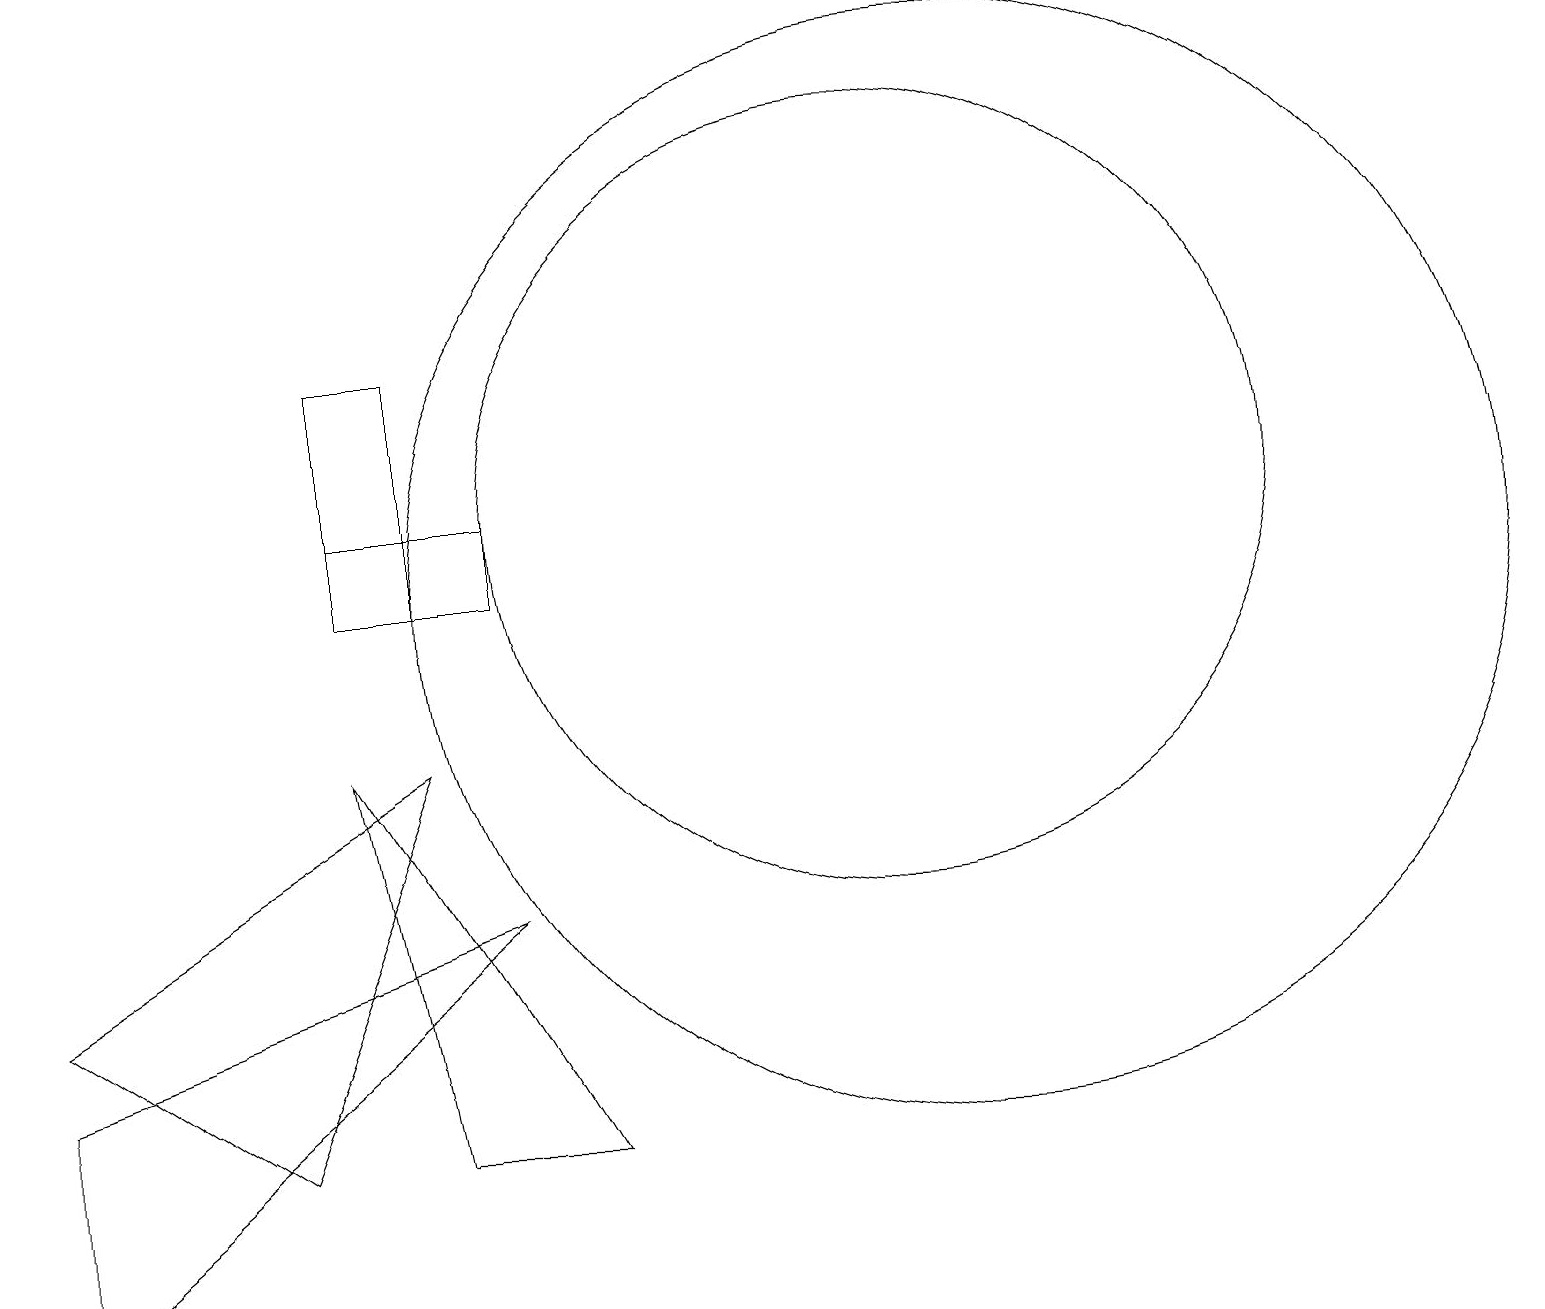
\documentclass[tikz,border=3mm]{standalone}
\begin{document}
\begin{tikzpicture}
\draw (4,12) rectangle (6,11);
\draw (5,14) rectangle (4,11);
\draw (11,12) circle (5);
\draw (12,11) circle (7);
\draw (7,4) -- (4,9) -- (5,4) -- cycle;
\draw (0,5) -- (0,2) -- (6,7) -- cycle;
\draw (0,6) -- (5,9) -- (3,4) -- cycle;
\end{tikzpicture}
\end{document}